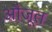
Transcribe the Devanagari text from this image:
औजूत